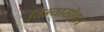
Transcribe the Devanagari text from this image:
विम्यासोबत